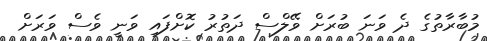
މުބާރާތުގެ ދެ ވަނަ ބުރަށް ވޭލްސް ދަތުރު ކޮށްފައި ވަނީ ވެސް ވަރަށް